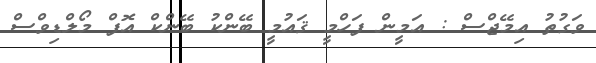
ވަގުތު އިމޭޖްސް : އަމީން ފަހްމީ ޤައުމީ ބޭންކު ބޭންކް އޮފް މޯލްޑިވްސް